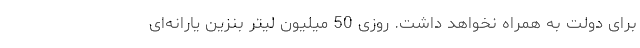
برای دولت به همراه نخواهد داشت. روزی 50 میلیون لیتر بنزین یارانه‌ای